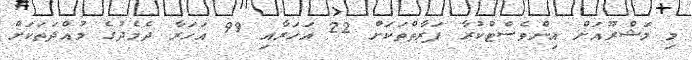
މި މަޝްރޫއަށް އިންވެސްޓްކުރާ ފަރާތްތަކަށް 22 އަހަރާއި 99 އަހަރާ ދެމެދުގެ މުއްދަތަކަށް